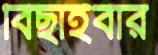
বিছাইবার